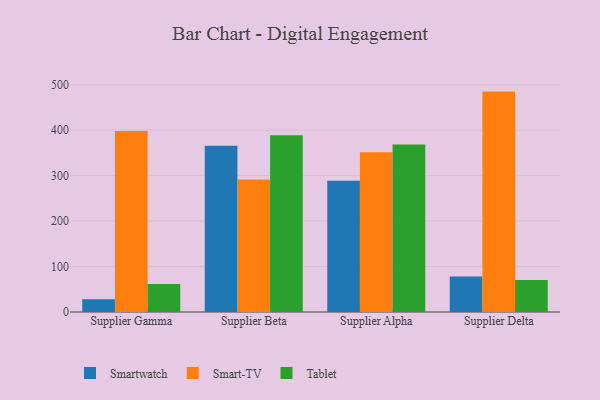
{"axis": {"x": "Supplier", "y": "Inventory Turnover"}, "legend": ["Smart-TV", "Smartwatch", "Tablet"], "data": [{"x": "Supplier Gamma", "y": 28.2, "type": "Smartwatch"}, {"x": "Supplier Gamma", "y": 398.2, "type": "Smart-TV"}, {"x": "Supplier Gamma", "y": 61.5, "type": "Tablet"}, {"x": "Supplier Beta", "y": 365.4, "type": "Smartwatch"}, {"x": "Supplier Beta", "y": 291.5, "type": "Smart-TV"}, {"x": "Supplier Beta", "y": 388.9, "type": "Tablet"}, {"x": "Supplier Alpha", "y": 288.8, "type": "Smartwatch"}, {"x": "Supplier Alpha", "y": 351.5, "type": "Smart-TV"}, {"x": "Supplier Alpha", "y": 368.2, "type": "Tablet"}, {"x": "Supplier Delta", "y": 77.9, "type": "Smartwatch"}, {"x": "Supplier Delta", "y": 484.6, "type": "Smart-TV"}, {"x": "Supplier Delta", "y": 70.6, "type": "Tablet"}]}